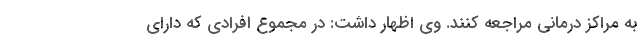
به مراکز درمانی مراجعه کنند. وی اظهار داشت: در مجموع افرادی که دارای